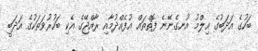
ބަހުގެ އަދަބުގެ އިލްމު އުނގެނޭނެ ފޮތްތައް އުފެއްދުމާއި ރާއްޖޭގެ އެކި ބަހުރުވަތަކުގެ އަދަބީ